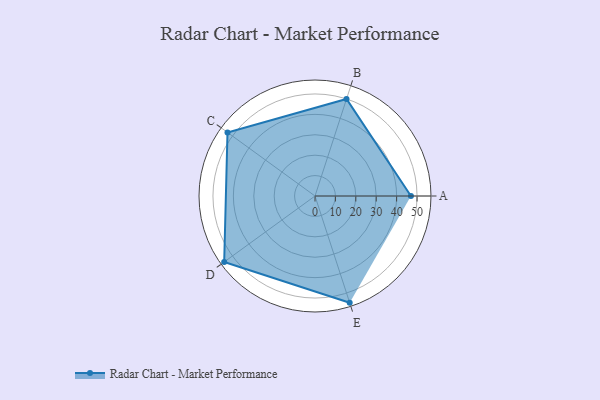
{"axis": {"x": "Skill", "y": "Score"}, "legend": ["Profile"], "data": [{"x": "A", "y": 47.0, "type": "Profile"}, {"x": "B", "y": 50.0, "type": "Profile"}, {"x": "C", "y": 53.0, "type": "Profile"}, {"x": "D", "y": 55.0, "type": "Profile"}, {"x": "E", "y": 55.0, "type": "Profile"}]}